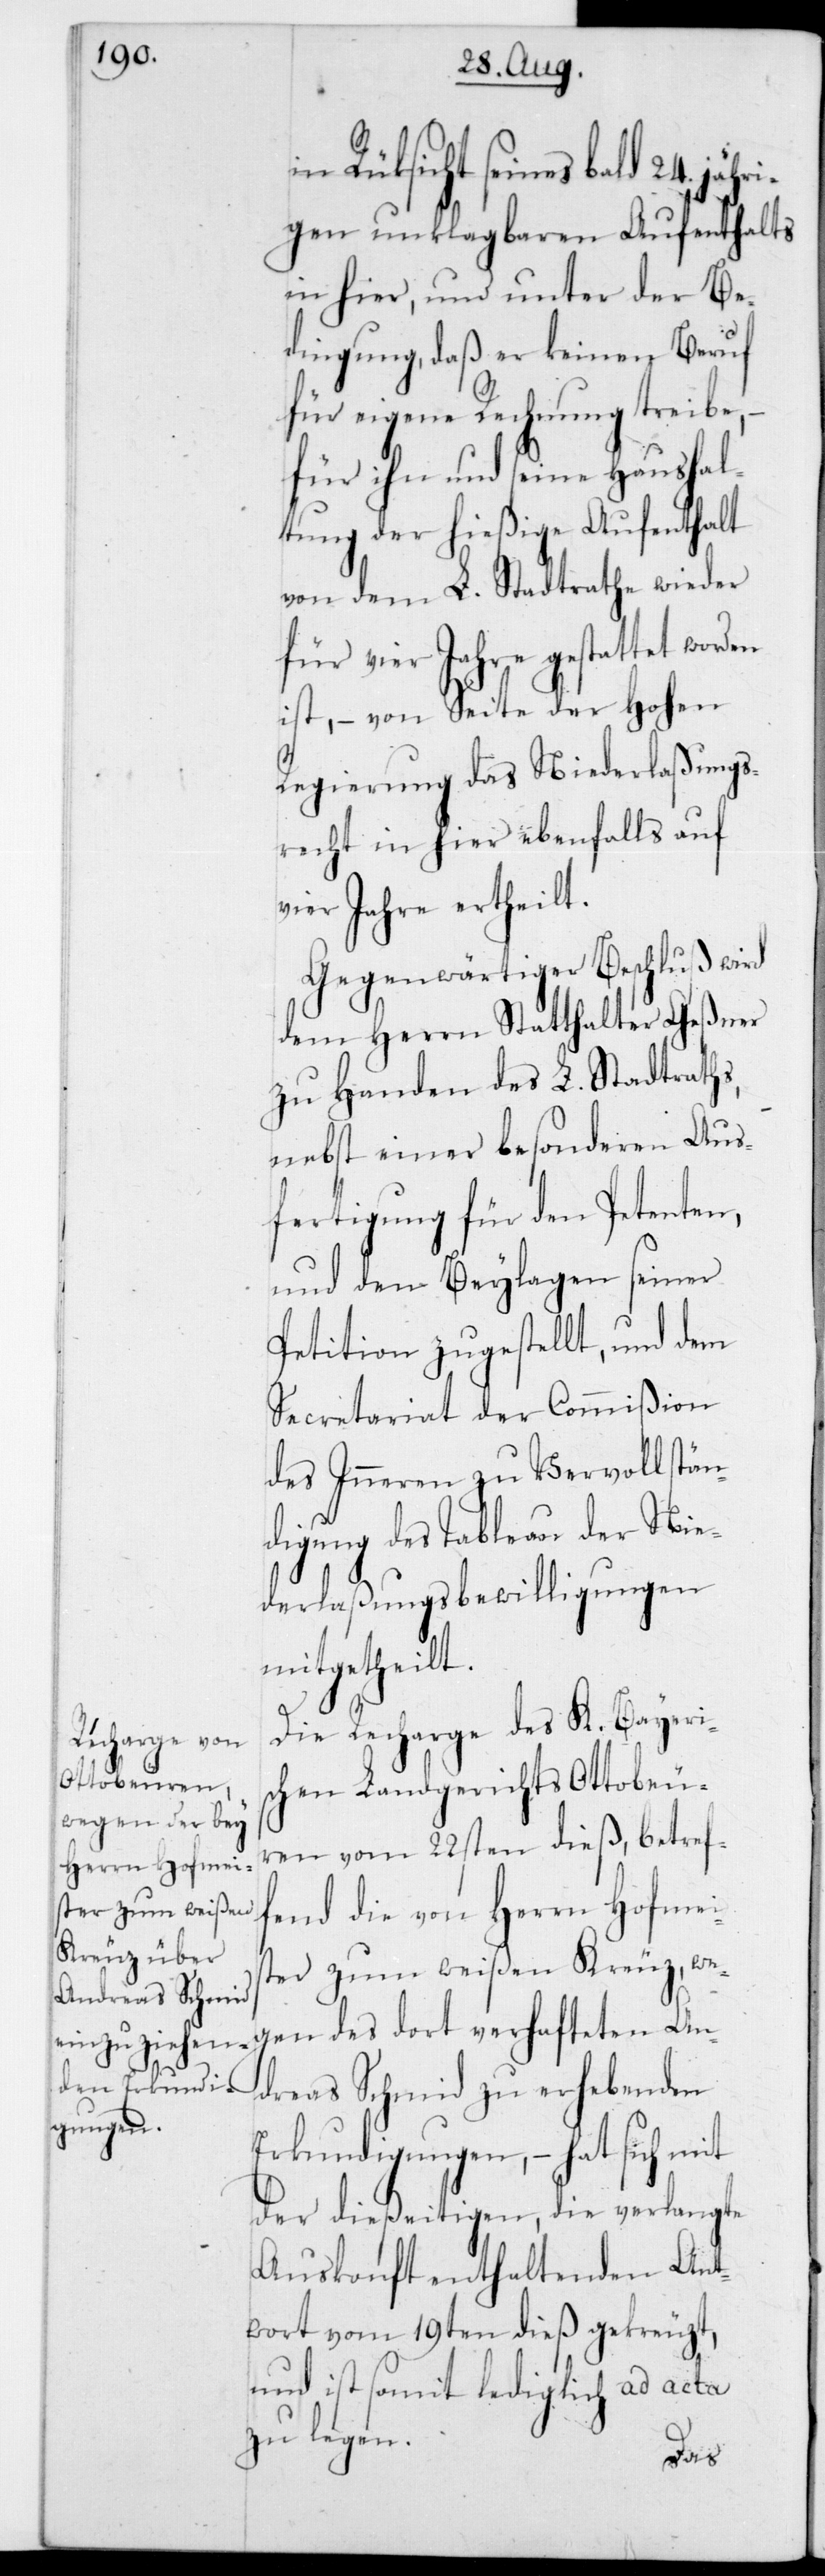
Rücksicht seines bald 24jähr¬
igen unklagbaren Aufenthalts
in hier, und unter der Be¬
dingung, daß er keinen Beruf
für eigene Rechnung treibe, –
für ihn und seine Haushal¬
tung der hießige Aufenthalt
von dem L. Stadtrathe wieder
für vier Jahre gestattet wor¬
ist, – von Seite der Hohen
Regierung das Niederlaßungs¬
recht in hier ebenfalls auf
vier Jahre ertheilt.
Gegenwärtiger Beschluß wird
dem Herrn Statthalter Geßner
zu Handen des L. Stadtraths,
nebst einer besonderen Aus¬
fertigung für den Petenten,
und den Beylagen seiner
Petition zugestellt, und dem
Secretariat der Commißion
des Inneren zu Vervollstän¬
digung des Tableau der Nie¬
derlaßungsbewilligungen
mitgetheilt.
Die Recharge des K. Bayeris¬
chen Landgerichts Ottobeu¬
ren vom 22sten dieß, betref¬
fend die von Herrn Hofmei¬
ster zum weißen Kreuz, we¬
gen des dort verhafteten An¬
dreas Schmid zu erhebenden
Erkundigungen, – hat sich mit
der dießeitigen, die verlangte
Auskonft enthaltenden Ant¬
wort vom 19ten dieß gekreuzt,
und ist somit lediglich ad acta
zu legen.
den